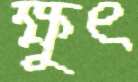
ক্ষুৎ